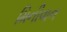
મિનીવાન